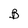
Character: B